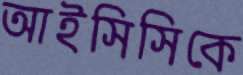
আইসিসিকে